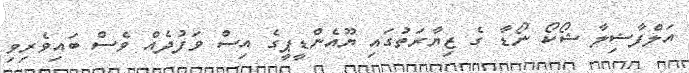
އަލްފާޟިލާ ޝޯކޯ ނޯޑާ ގެ ޒިޔާރަތުގައި ޔޫއެންޑީޕީގެ އިސް ވަފުދެއް ވެސް ބައިވެރިވި